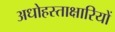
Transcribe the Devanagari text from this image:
अधोहस्ताक्षारियों